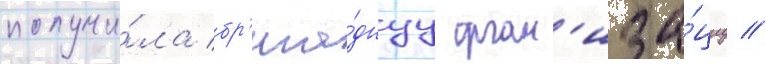
получи́ла бр'ига́днуу орган'иза́циу //